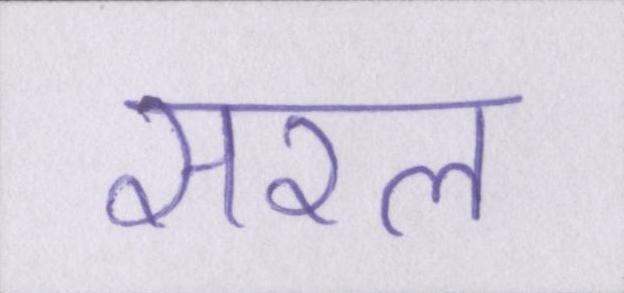
सरल